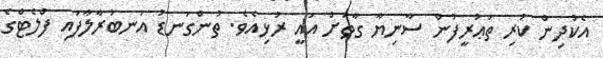
އެކުދިން ކުރި ތަޢުރީފުން ސާނިޔާ ގާތަށް އައީ ރުޅިއެވެ. ތުންގަނޑު އަނބުރާލާފައި ފްލެޓްގެ